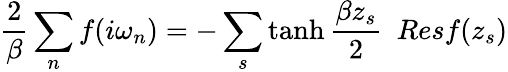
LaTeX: {\frac{2}{\beta}}\sum_{n}f(i\omega_{n})=-\sum_{s}\operatorname{tanh}{\frac{\beta z_{s}}{2}}~~Resf(z_{s})